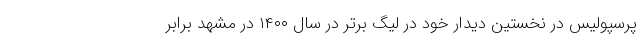
پرسپولیس در نخستین دیدار خود در لیگ برتر در سال ۱۴۰۰ در مشهد برابر